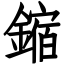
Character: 鏥